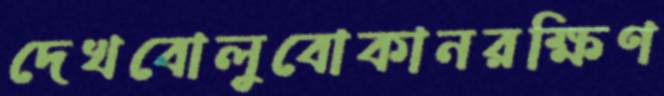
দেখবোলুবোকানরক্ষিণ